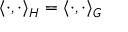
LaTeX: \langle \cdot , \cdot \rangle _ { H } = \langle \cdot , \cdot \rangle _ { G }